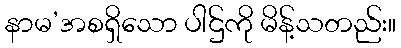
နာမ’အစရှိသော ပါဌ်ကို မိန့်သတည်း။